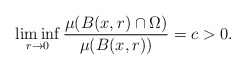
\begin{align*}\liminf_{r\to 0}\frac{\mu(B(x,r)\cap\Omega)}{\mu(B(x,r))}=c>0.\end{align*}